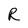
Character: R